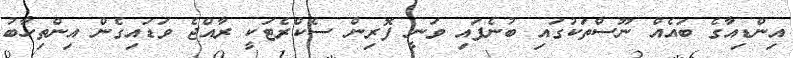
އިންޑިއާގެ ބައެއް ނޫސްތަކުގައި ބުނެފައި ވަނީ ފޮރިން ސެކްރެޓަކީ ރާއްޖެ ވަޑައިގެން އިންތިހާބު